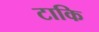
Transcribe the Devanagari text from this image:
टाकि